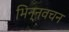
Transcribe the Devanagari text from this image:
भिन्नवचन